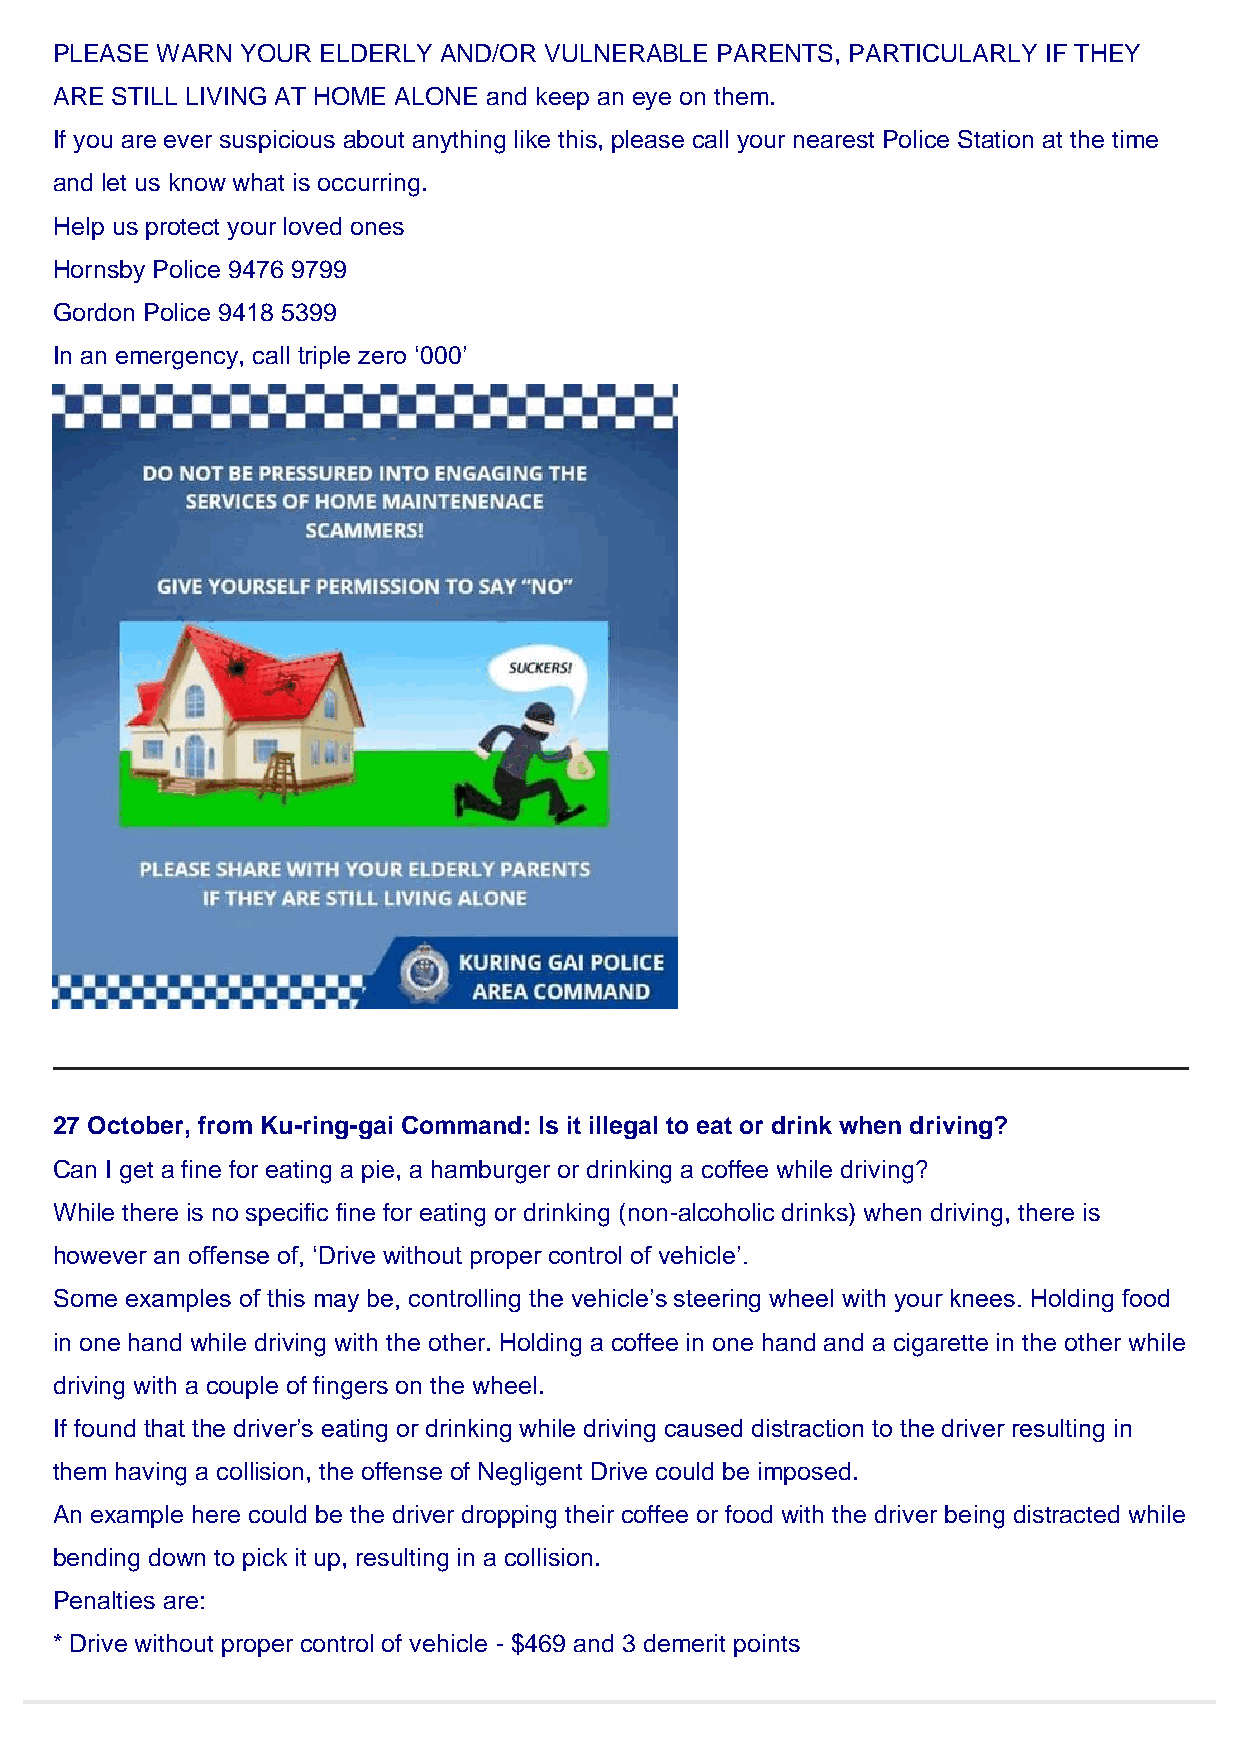
PLEASE WARN YOUR ELDERLY AND/OR VULNERABLE PARENTS, PARTICULARLY IF THEY
 ARE STILL LIVING AT HOME ALONE and keep an eye on them.
 If you are ever suspicious about anything like this, please call your nearest Police Station at the time
 and let us know what is occurring.
 Help us protect your loved ones
 Hornsby Police 9476 9799
 Gordon Police 9418 5399
 In an emergency, call triple zero ‘000’
 27 October, from Ku-ring-gai Command: Is it illegal to eat or drink when driving?
 Can I get a fine for eating a pie, a hamburger or drinking a coffee while driving?
 While there is no specific fine for eating or drinking (non-alcoholic drinks) when driving, there is
 however an offense of, ‘Drive without proper control of vehicle’.
 Some examples of this may be, controlling the vehicle’s steering wheel with your knees. Holding food
 in one hand while driving with the other. Holding a coffee in one hand and a cigarette in the other while
 driving with a couple of fingers on the wheel.
 If found that the driver’s eating or drinking while driving caused distraction to the driver resulting in
 them having a collision, the offense of Negligent Drive could be imposed.
 An example here could be the driver dropping their coffee or food with the driver being distracted while
 bending down to pick it up, resulting in a collision.
 Penalties are:
 * Drive without proper control of vehicle - $469 and 3 demerit points